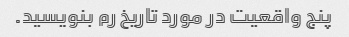
پنج واقعیت در مورد تاریخ رم بنویسید.